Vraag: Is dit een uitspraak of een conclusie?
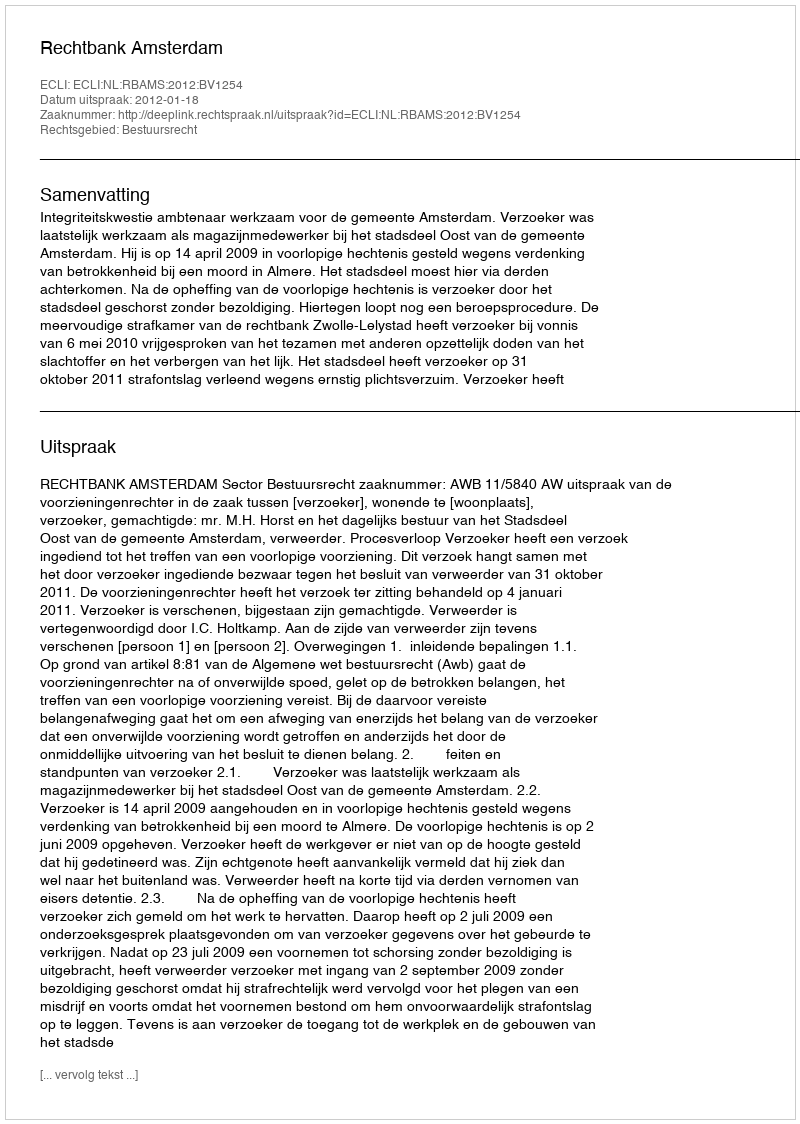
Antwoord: Uitspraak